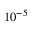
1 0 ^ { - 5 }